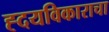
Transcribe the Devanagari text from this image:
ह्दयविकाराचा